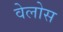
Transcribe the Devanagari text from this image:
वेलोस